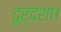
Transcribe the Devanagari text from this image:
दुर्दशा।